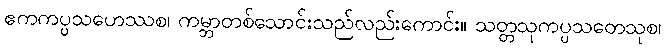
ဧကကပ္ပသဟေဿစ၊ ကမ္ဘာတစ်သောင်းသည်လည်းကောင်း။ သတ္တသုကပ္ပသတေသုစ၊